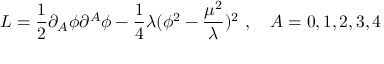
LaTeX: L = \frac { 1 } { 2 } \partial _ { A } \phi \partial ^ { A } \phi - \frac { 1 } { 4 } \lambda ( \phi ^ { 2 } - \frac { \mu ^ { 2 } } { \lambda } ) ^ { 2 } ~ , ~ ~ ~ A = 0 , 1 , 2 , 3 , 4